Civil Veterinary Dept. Bombay admin report 1907-1913 - 1907-1913
Year: 1907
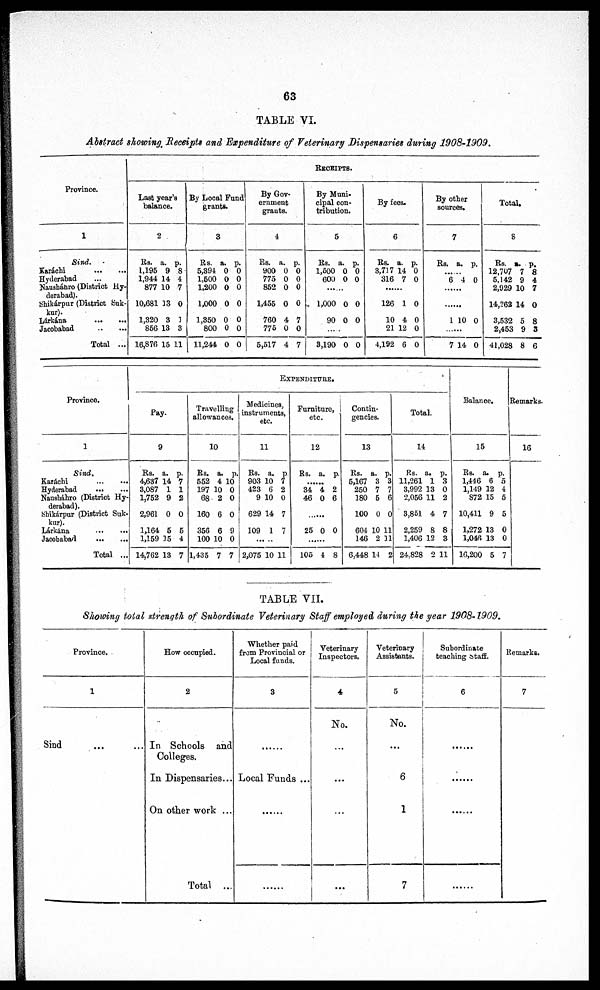
63
TABLE VI.
Abstract showing Receipts and Expenditure of Veterinary Dispensaries during 1908-1909.
Province.
1
Sind.
Karáchi
...
...
Hyderabad ...
Naushánro (District Hy-
derabad).
Shikárpur (District Suk-
kur
Lárkána
...
...
Jacobabad
..
...
Total ...
RECEIPTS
Last year's
balance.
2
Rs.
1,195
1,944
877
10,681
1,320
856
16,876
a.
9
14
10
13
3
13
15
p.
8
4
7
0
1
3
11
By Local Fund
grants.
3
Rs.
5,394
1,600
1,200
1,000
1,350
800
11,244
a.
0
0
0
0
0
0
0
p.
0
0
0
0
0
0
0
By Gove¬
ernment
grauts.
4
Rs. a
900 0
775
852
1,455
760
775
5,517
.
0
0
0
4
0
4
p.
0
0
0
0
7
0
7
By Muni
cipal con¬
tribution.
5
Rs. a
1,600
600
......
1,000
90
......
3,190
.
0
0
0
0
0
p.
0
0
0
0
0
By fees.
6
Rs.
3,717
316
......
126
10
21
4,192
a.
14
7
1
4
12
6
p.
0
0
0
0
0
0
By other
sources.
7
Rs.
....
6
......
......
1
......
7
a.
..
4
10
14
p.
0
0
0
Total.
8
Rs. a
12,707
5,142
2,929
14,262
3,532
2,453
41,028
.
7
9
10
14
5
9
8
p.
8
4
7
0
8
3
6
Province.
1
Sind.
Karachi
...
...
Hyderabad
...
...
Nausháhro (District Hy-
derabad).
Shikárpur (District Suk-
kur).
Lárkána
...
...
Jacobabad
...
...
Total ...
EXPENDITURE.
Pay.
9
Rs.
4,637
3,087
1,752
2,961
1,164
1,159
14,762
a.
14
1
9
0
5
15
13
p.
7
1
2
0
5
4
7
Travelling
allowances.
10
Rs.
552
197
68
160
356
100
1,435
a.
4 1
10
2
6
6
10
7
p.
0
0
0
0
9
0
7
Medicines
instruments,
etc.
11
Rs.
903
423
9
629
109
2,075
a.
10
6
10
14
1
10
p
7
2
0
7
7
11
Furniture,
etc.
12
Rs.
......
34
46
25
......
105
a.
4
0
0
4
p.
2
6
0
8
Contin
gencies.
13
Rs.
5,167
250
180
100
604
146
6,448
a.
3
7
6
0
10
2
14
p.
3
7
6
0
11
11
2
Total.
14
Rs.
11,261
3,992
2,056
3,851
2,259
1,406
24,828
a.
1
13
11
4
8
12
2
p.
3
0
2
7
8
3
11
Balance.
15
Rs.
1,446
1,149
872
10,411
1,272
1,046
16,200
a.
6
12
15
9
13
13
5
p.
5
4
5
5
0
0
7
Remarks.
16
TABLE VII.
Showing total strength of Subordinate Veterinary Staff employed during the year 1908-1909.
Province.
1
Sind
...
...
How occupied.
2
In Schools and
Colleges.
In Dispensaries...
On other work ...
Total ...
Whether paid
from Provincial or
Local funds.
3
......
Local Funds ...
......
......
Veterinary
Inspectors,
4
No.
...
...
...
...
Veterinary
Assistants.
5
No.
...
6
1
7
Subordinate
teaching staff.
6
......
......
......
......
Remarks.
7